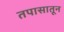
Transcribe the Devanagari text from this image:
तपासातून